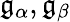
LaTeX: {\mathfrak{g}}_{\alpha},{\mathfrak{g}}_{\beta}